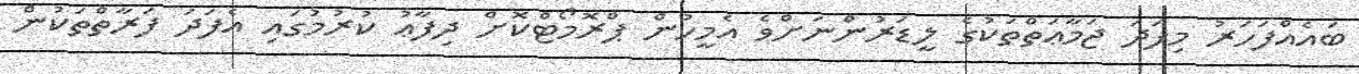
ބައެއްފަހަރު މިފަދަ ޖަމާޢަތްތަކުގެ ލީޑަރުންނަށްވެ އެމީހުން ޕްރޮމޯޓްކޮށް ދިފާޢު ކުރުމުގައި އެފަދަ ފަރާތްތަކުން